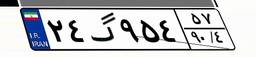
۴۵گ۳۵۶۸۰